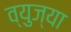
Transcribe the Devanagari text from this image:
व्युज्या